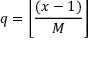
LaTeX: q = \left\lfloor { \frac { \left( x - 1 \right) } { M } } \right\rfloor